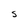
Character: S